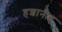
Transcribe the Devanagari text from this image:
हशानाह